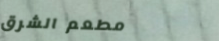
مطعم الشرق